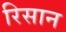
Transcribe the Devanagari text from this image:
रिसान